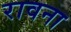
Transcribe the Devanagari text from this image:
रावना